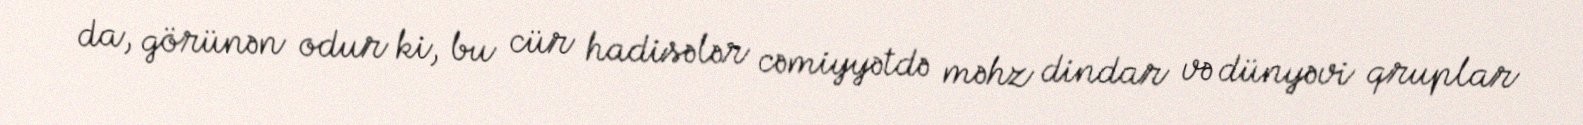
da, görünən odur ki, bu cür hadisələr cəmiyyətdə məhz dindar və dünyəvi qruplar